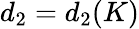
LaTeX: d_{2}=d_{2}(K)